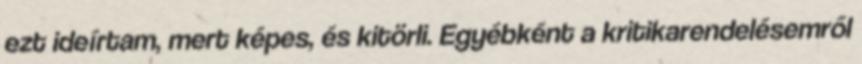
ezt ideírtam, mert képes, és kitörli. Egyébként a kritikarendelésemről